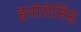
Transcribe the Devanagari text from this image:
हमीरीसिंह